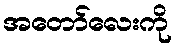
အတော်လေးကို